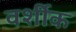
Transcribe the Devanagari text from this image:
वर्शीक